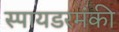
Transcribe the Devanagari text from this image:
स्पायडरमंकी